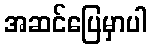
အဆင်ပြေမှာပါ